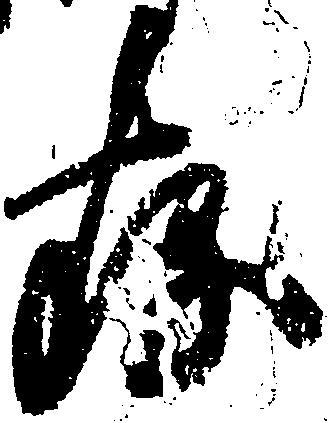
存